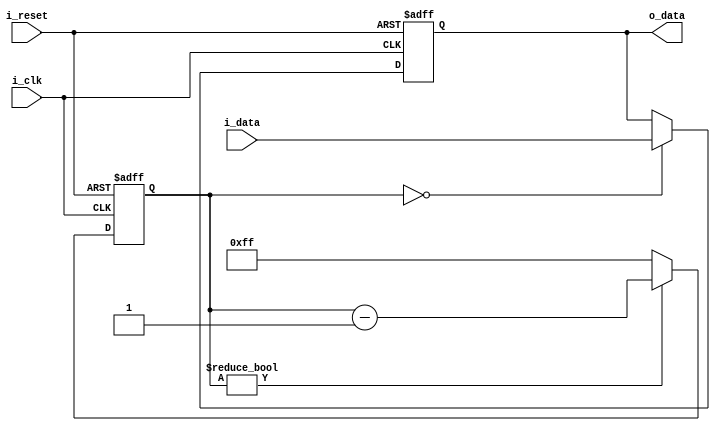
module rc_delay (
    input wire i_clk,
    input wire i_reset,
    input wire i_data,
    output reg o_data
);

parameter R = 100;
parameter C = 0.0001;

reg [7:0] counter = 8'hFF;
reg delayed_data;

always @(posedge i_clk or posedge i_reset) begin
    if (i_reset) begin
        counter <= 8'hFF;
        delayed_data <= 1'b0;
    end else begin
        if (counter == 8'b00000000) begin
            delayed_data <= i_data;
        end else begin
            delayed_data <= delayed_data;
        end
        
        if (counter != 8'b00000000) begin
            counter <= counter - 1;
        end else begin
            counter <= 8'hFF;
        end
    end
end

assign o_data = delayed_data;

endmodule